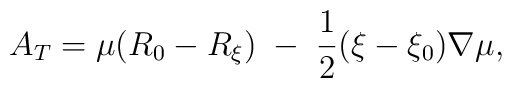
A_{T}=\mu(R_{0}-R_{\xi})\;-\;\frac{1}{2}(\xi-\xi_{0})\nabla\mu,